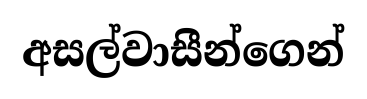
අසල්වාසීන්ගෙන්